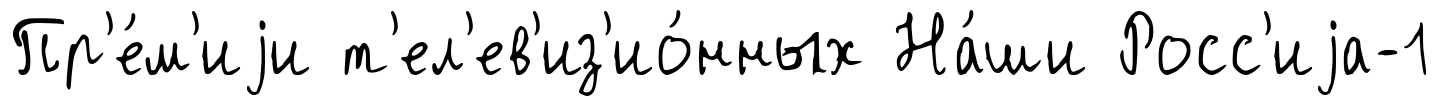
Пр'е́м'иjи т'ел'ев'из'ио́нных На́ши Росс'иjа-1